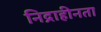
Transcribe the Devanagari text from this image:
निद्राहीनता